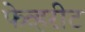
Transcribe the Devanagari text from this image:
फेव्हरीट